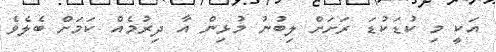
އަކީ މި ކުޑަކުޑަ ރަށަށް ލިބުނު މުޅިން އާ ދިރުމެއް ކަމަށް ބެލެވެ